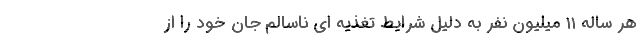
هر ساله ۱۱ میلیون نفر به دلیل شرایط تغذیه ای ناسالم جان خود را از